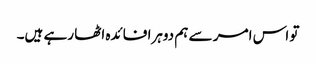
تو اس امر سے ہم دوہرا فائدہ اٹھا رہے ہیں۔